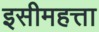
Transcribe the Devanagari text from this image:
इसीमहत्ता